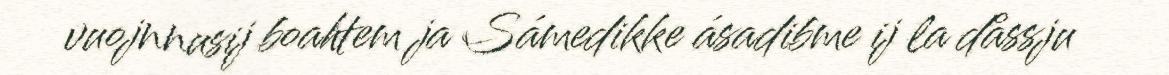
vuojnnusij boahtem ja Sámedikke ásadibme ij la dåssju